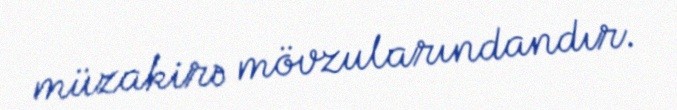
müzakirə mövzularındandır.